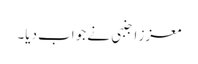
معزز اجنبی نے جواب دیا۔